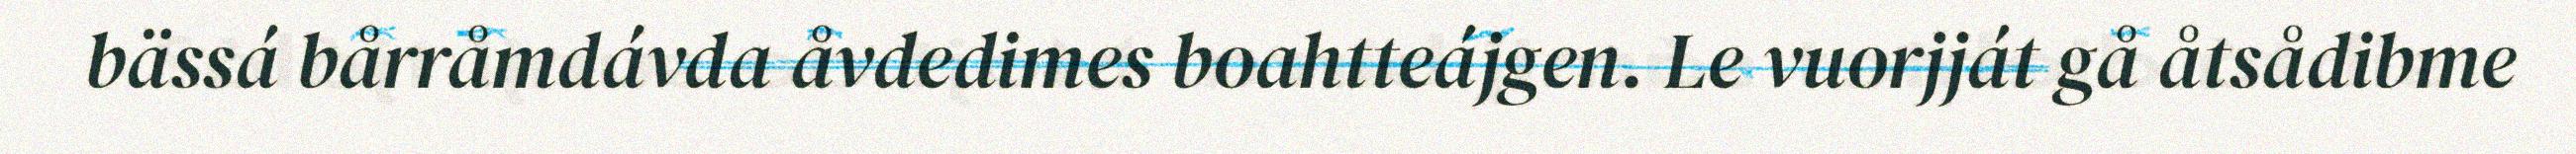
bässá bårråmdávda åvdedimes boahtteájgen. Le vuorjját gå åtsådibme